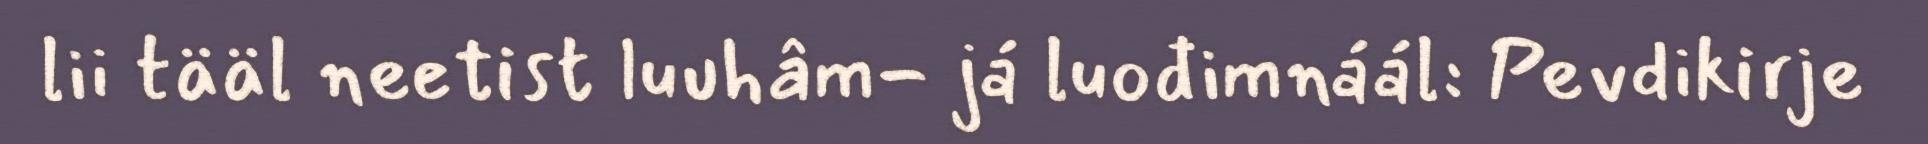
lii tääl neetist luuhâm- já luođimnáál: Pevdikirje